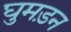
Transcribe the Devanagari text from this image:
घुमड़न